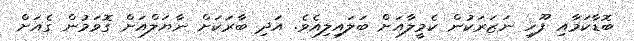
ބޮޑާކަމާއި ފޫހި ނަޒަރަކުން ކެމީލާއަށް ބަލައިލިއެވެ. އަދި ބާރަކަށް ނާޔަލްއަށް ގޮވަމުން ގެއަށް